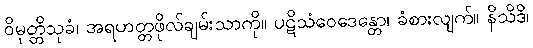
ဝိမုတ္တိသုခံ၊ အရဟတ္တဖိုလ်ချမ်းသာကို။ ပဋိသံဝေဒေန္တော၊ ခံစားလျက်။ နိသိဒိ၊